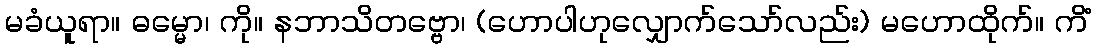
မခံယူရာ။ ဓမ္မော၊ ကို။ နဘာသိတဗ္ဗော၊ (ဟောပါဟုလျှောက်သော်လည်း) မဟောထိုက်။ ကိံ